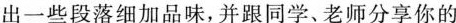
出一些段落细加品味,并跟同学、老师分享你的